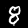
Label: 8